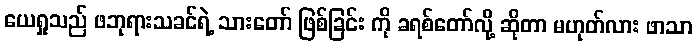
ယေရှုသည် ဖဘုရားသခင်ရဲ့ သားတော် ဖြစ်ခြင်း ကို ခရစ်တော်လို့ ဆိုတာ မဟုတ်လား ဖာသာ